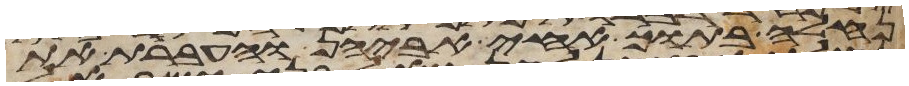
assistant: נחלה בתוך אחי אביהן והעברת את